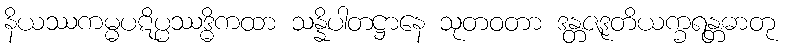
နိယဿကမ္မပဋိပ္ပဿဒ္ဓိကထာ သန္နိပါတဋ္ဌာနေ သုတဝတာ ဒန္တဇဒုတိယက္ခရန္တဓာတု